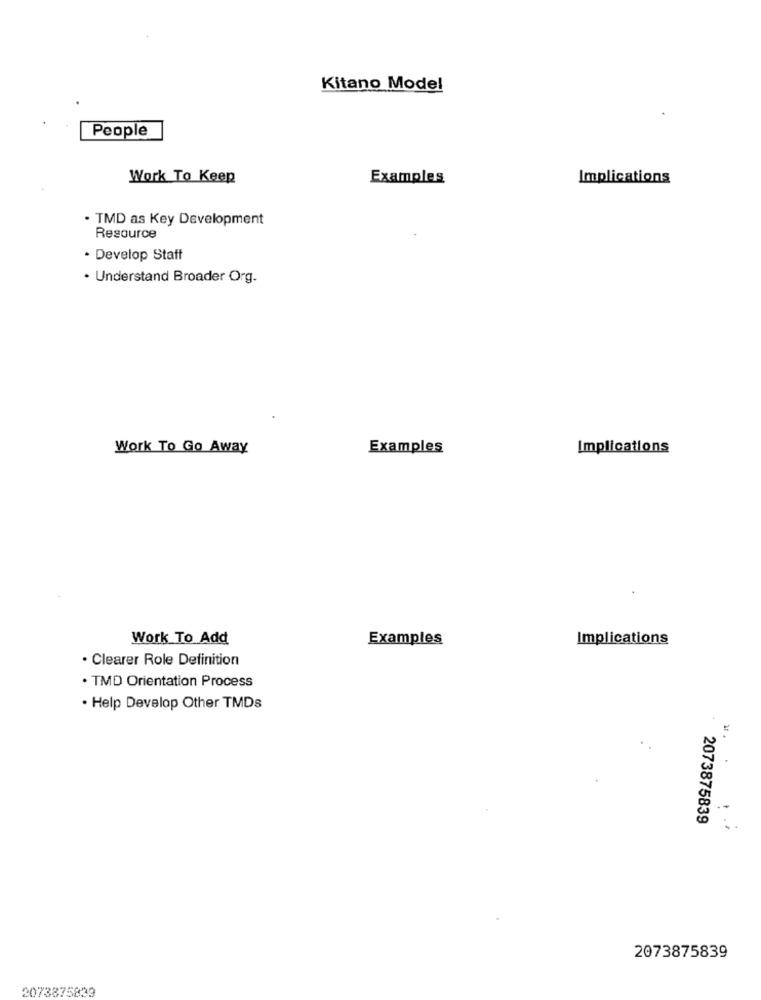
Kitano Model
People
Work To Keep
Examples
Implications
. TMD as Key Development
Resource
. Develop Staff
· Understand Broader Org.
Work To Go Away
Examples
Implications
Work To Add
Examples
Implications
· Clearer Role Definition
· TMD Orientation Process
. Help Develop Other TMDs
2073875839
:
2073875839
2073875833